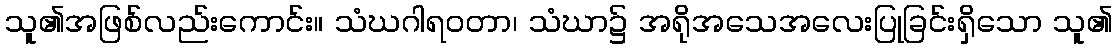
သူ၏အဖြစ်လည်းကောင်း။ သံဃဂါရဝတာ၊ သံဃာ၌ အရိုအသေအလေးပြုခြင်းရှိသော သူ၏